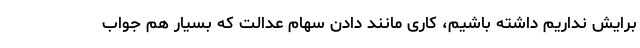
برایش نداریم داشته باشیم، کاری مانند دادن سهام عدالت که بسیار هم جواب